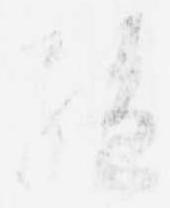
絶